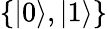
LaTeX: \{ |0\rangle,|1\rangle\}